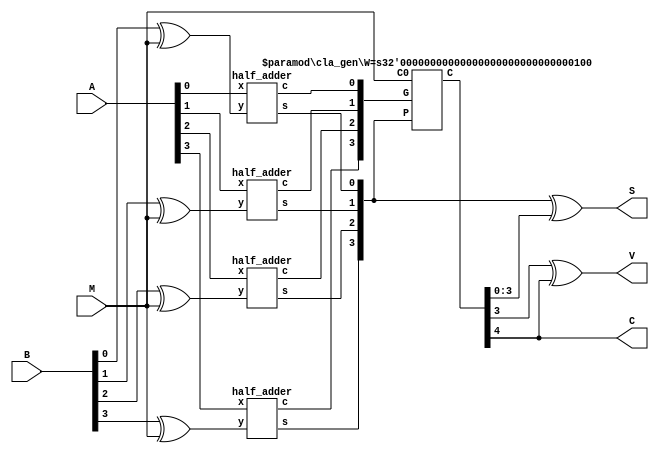
module addsub_cla (A, B, S, C, M, V);
   parameter W = 4;
   input [W-1:0] A, B;
   output [W-1:0] S;
   output C;
   input M;
   output V; 

   
   wire [W-1:0] b, p, g;
   wire [W:0] c;

   cla_gen #(.W(W)) CLAGEN (.P(p), .G(g), .C0(M), .C(c));

   genvar i;
   generate
      for(i=0; i<W; i=i+1)
      begin: CGI
         half_adder HA(.x(A[i]), .y(B[i]^M), .s(p[i]), .c(g[i]));
      end   
   endgenerate
   
   assign S = p^c;
   assign C = c[W];
   assign V = c[W-1]^c[W];
   
endmodule


module cla_gen (P, G, C0, C);
   parameter W = 4;
   input [W-1:0] P, G;
   input C0;
   output [W:0] C;
   
   assign C[0] = C0;
   
   genvar i;
   generate
      for(i=0; i<W; i=i+1) 
      begin: PG
         assign C[i+1] =  G[i] | (P[i]&C[i]);
      end
   endgenerate

endmodule
   

module half_adder(x, y, s, c);
   input x, y;
   output s, c;

   assign s = x^y;
   assign c = x&y;

endmodule